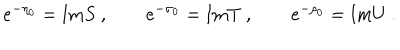
e ^ { - \eta _ { 0 } } = \mathrm { I m } S \ , \qquad e ^ { - \sigma _ { 0 } } = \mathrm { I m } T \ , \qquad e ^ { - \rho _ { 0 } } = \mathrm { I m } U \ .